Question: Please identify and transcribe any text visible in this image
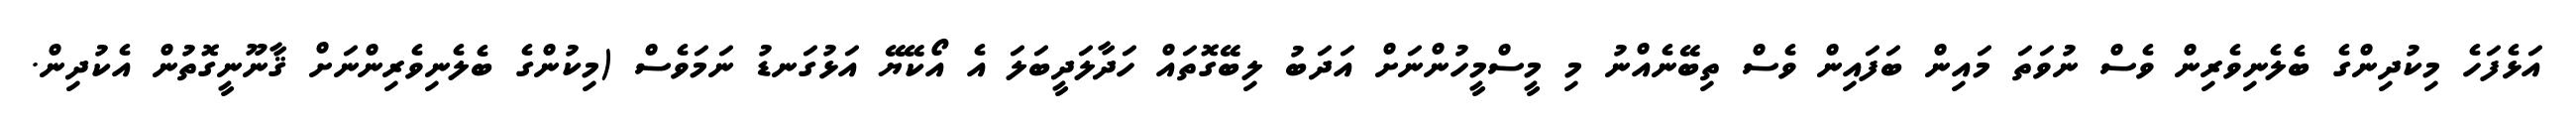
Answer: އަޅެފަހެ މިކުދިންގެ ބެލެނިވެރިން ވެސް ނުވަތަ މައިން ބަފައިން ވެސް ތިބޭނެއްނު މި މީސްމީހުންނަށް އަދަބު ލިބޭގޮތައް ހަދާލަދީބަލަ އެ އޯކޭޔޭ އަޅުގަނޑު ނަމަވެސް (މިކުންގެ ބެލެނިވެރިންނަށް ޤާނޫނީގޮތުން އެކުދިން.